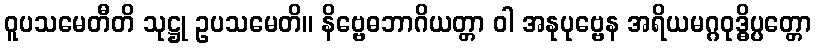
ဝူပသမေတီတိ သုဋ္ဌု ဥပသမေတိ။ နိဗ္ဗေဓဘာဂိယတ္တာ ဝါ အနုပုဗ္ဗေန အရိယမဂ္ဂဝုဒ္ဓိပ္ပတ္တော